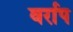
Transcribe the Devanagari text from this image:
वर्राप